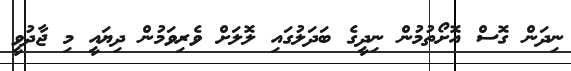
ނިދަން ގޮސް އޮށޯތުމުން ނިދީގެ ބަދަލުގައި ލޮލަށް ވެރިވަމުން ދިޔައީ މި ޖާދުވީ